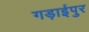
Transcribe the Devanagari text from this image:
गड़ाईपुर